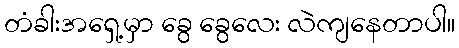
တံခါးအရှေ့မှာ ခွေ ခွေလေး လဲကျနေတာပါ။